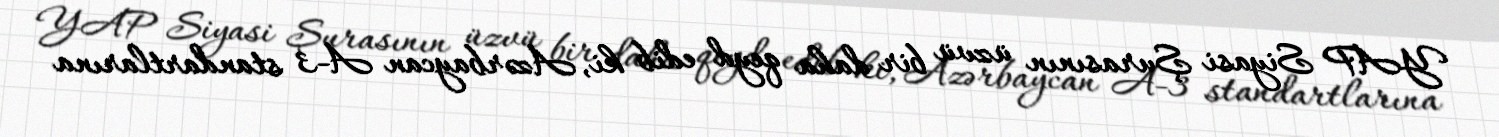
YAP Siyasi Şurasının üzvü bir daha qeyd edib ki, Azərbaycan A-3 standartlarına